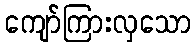
ကျော်ကြားလှသော